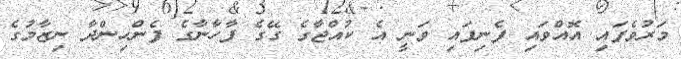
މަރުވެފައި އޮއްވައި ފެނިފައި ވަނީ އެ ކުއްޖާގެ ގޭގެ ފާހާނާގެ ފެންހިންދާ ނިޒާމުގެ